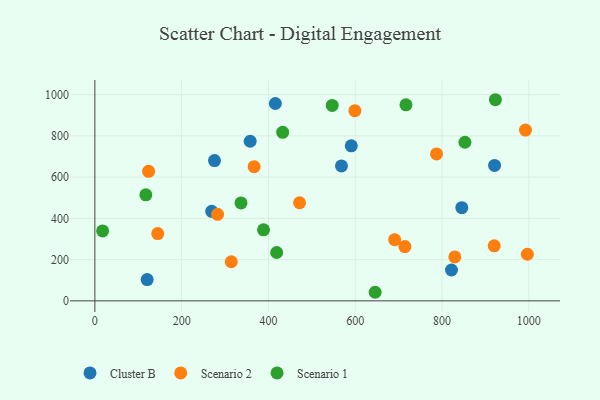
{"axis": {"x": "Distance", "y": "Fuel Efficiency"}, "legend": ["Cluster B", "Scenario 1", "Scenario 2"], "data": [{"x": "821.8", "y": 149.7, "type": "Cluster B"}, {"x": "921.1", "y": 656.9, "type": "Cluster B"}, {"x": "120.5", "y": 103.2, "type": "Cluster B"}, {"x": "275.7", "y": 680.3, "type": "Cluster B"}, {"x": "269.3", "y": 434.2, "type": "Cluster B"}, {"x": "415.9", "y": 957.2, "type": "Cluster B"}, {"x": "568.3", "y": 654.5, "type": "Cluster B"}, {"x": "845.6", "y": 451.7, "type": "Cluster B"}, {"x": "590.9", "y": 751.7, "type": "Cluster B"}, {"x": "357.9", "y": 774.0, "type": "Cluster B"}, {"x": "282.8", "y": 419.8, "type": "Scenario 2"}, {"x": "314.4", "y": 189.7, "type": "Scenario 2"}, {"x": "992.3", "y": 828.5, "type": "Scenario 2"}, {"x": "996.7", "y": 226.1, "type": "Scenario 2"}, {"x": "367.0", "y": 650.7, "type": "Scenario 2"}, {"x": "144.9", "y": 326.1, "type": "Scenario 2"}, {"x": "920.3", "y": 266.7, "type": "Scenario 2"}, {"x": "714.5", "y": 263.1, "type": "Scenario 2"}, {"x": "471.7", "y": 475.7, "type": "Scenario 2"}, {"x": "787.3", "y": 712.6, "type": "Scenario 2"}, {"x": "690.9", "y": 296.7, "type": "Scenario 2"}, {"x": "599.2", "y": 922.4, "type": "Scenario 2"}, {"x": "829.5", "y": 212.9, "type": "Scenario 2"}, {"x": "123.8", "y": 628.0, "type": "Scenario 2"}, {"x": "716.9", "y": 950.8, "type": "Scenario 1"}, {"x": "17.9", "y": 339.0, "type": "Scenario 1"}, {"x": "852.8", "y": 769.2, "type": "Scenario 1"}, {"x": "419.0", "y": 234.4, "type": "Scenario 1"}, {"x": "388.7", "y": 344.7, "type": "Scenario 1"}, {"x": "336.8", "y": 475.2, "type": "Scenario 1"}, {"x": "432.8", "y": 817.3, "type": "Scenario 1"}, {"x": "923.0", "y": 975.5, "type": "Scenario 1"}, {"x": "117.5", "y": 514.4, "type": "Scenario 1"}, {"x": "645.9", "y": 41.6, "type": "Scenario 1"}, {"x": "547.0", "y": 947.9, "type": "Scenario 1"}]}